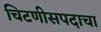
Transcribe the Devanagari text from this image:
चिटणीसपदाचा